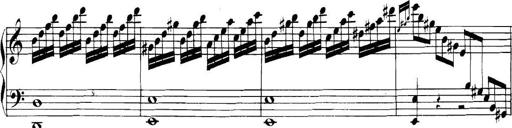
Title: Collected Piano Sonatas
Composer: Muzio Clementi